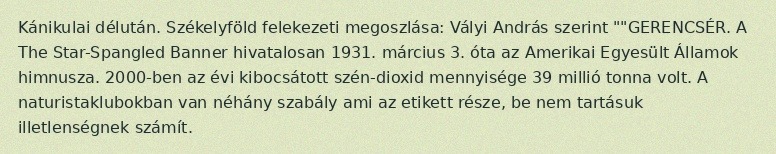
Kánikulai délután. Székelyföld felekezeti megoszlása: Vályi András szerint ""GERENCSÉR. A The Star-Spangled Banner hivatalosan 1931. március 3. óta az Amerikai Egyesült Államok himnusza. 2000-ben az évi kibocsátott szén-dioxid mennyisége 39 millió tonna volt. A naturistaklubokban van néhány szabály ami az etikett része, be nem tartásuk illetlenségnek számít.